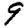
Digit: 9